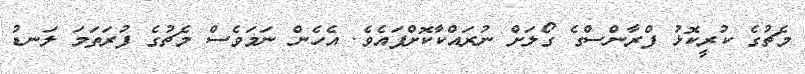
މެޗުގެ ކުރީކޮޅު ފްރާންސްގެ ގޯލަށް ނުރައްކާކޮށްފައެވެ. އެހެން ނަމަވެސް މެޗުގެ ފުރަތަމަ ލަނޑު